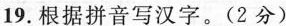
19.根据拼音写汉字。(2分)